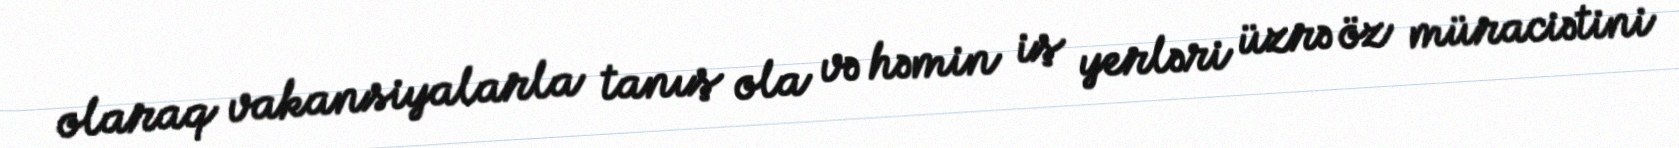
olaraq vakansiyalarla tanış ola və həmin iş yerləri üzrə öz müraciətini